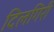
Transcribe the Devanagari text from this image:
दिलगिरी